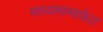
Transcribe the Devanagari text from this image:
माध्यमामार्फत